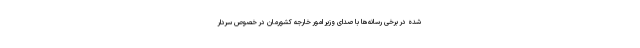
شده در برخی رسانه‌ها با صدای وزیر امور خارجه کشورمان در خصوص سردار